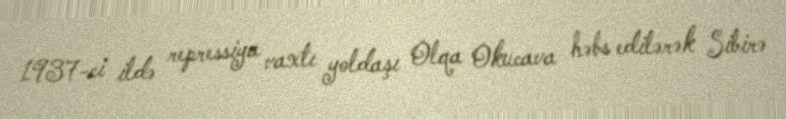
1937-ci ildə repressiya vaxtı yoldaşı Olqa Okucava həbs edilərək Sibirə